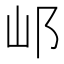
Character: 邖